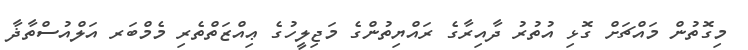
މިގޮތުން މައްޗަށް ގޮޅި އުތުރު ދާއިރާގެ ރައްޔިތުންގެ މަޖިލީހުގެ ޢިއްޒަތްތެރި މެމްބަރ އަލްއުސްތާޛާ